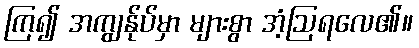
ကြ၍ အကျွန်ုပ်မှာ များစွာ အံ့ဩရလေ၏။